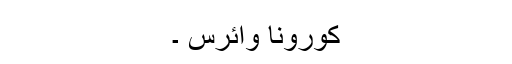
کورونا وائرس ۔